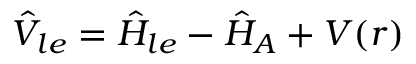
\hat { V } _ { l e } = \hat { H } _ { l e } - \hat { H } _ { A } + V ( \boldsymbol { r } )